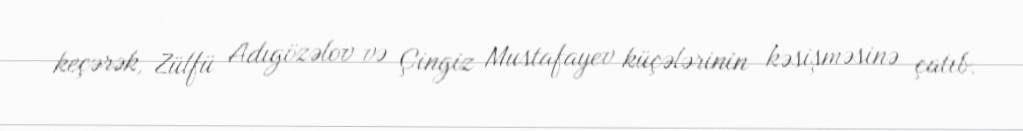
keçərək, Zülfü Adıgözəlov və Çingiz Mustafayev küçələrinin kəsişməsinə çatıb.